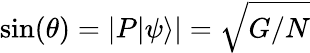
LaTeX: \sin(\theta)=|P|\psi\rangle|={\sqrt{G/N}}